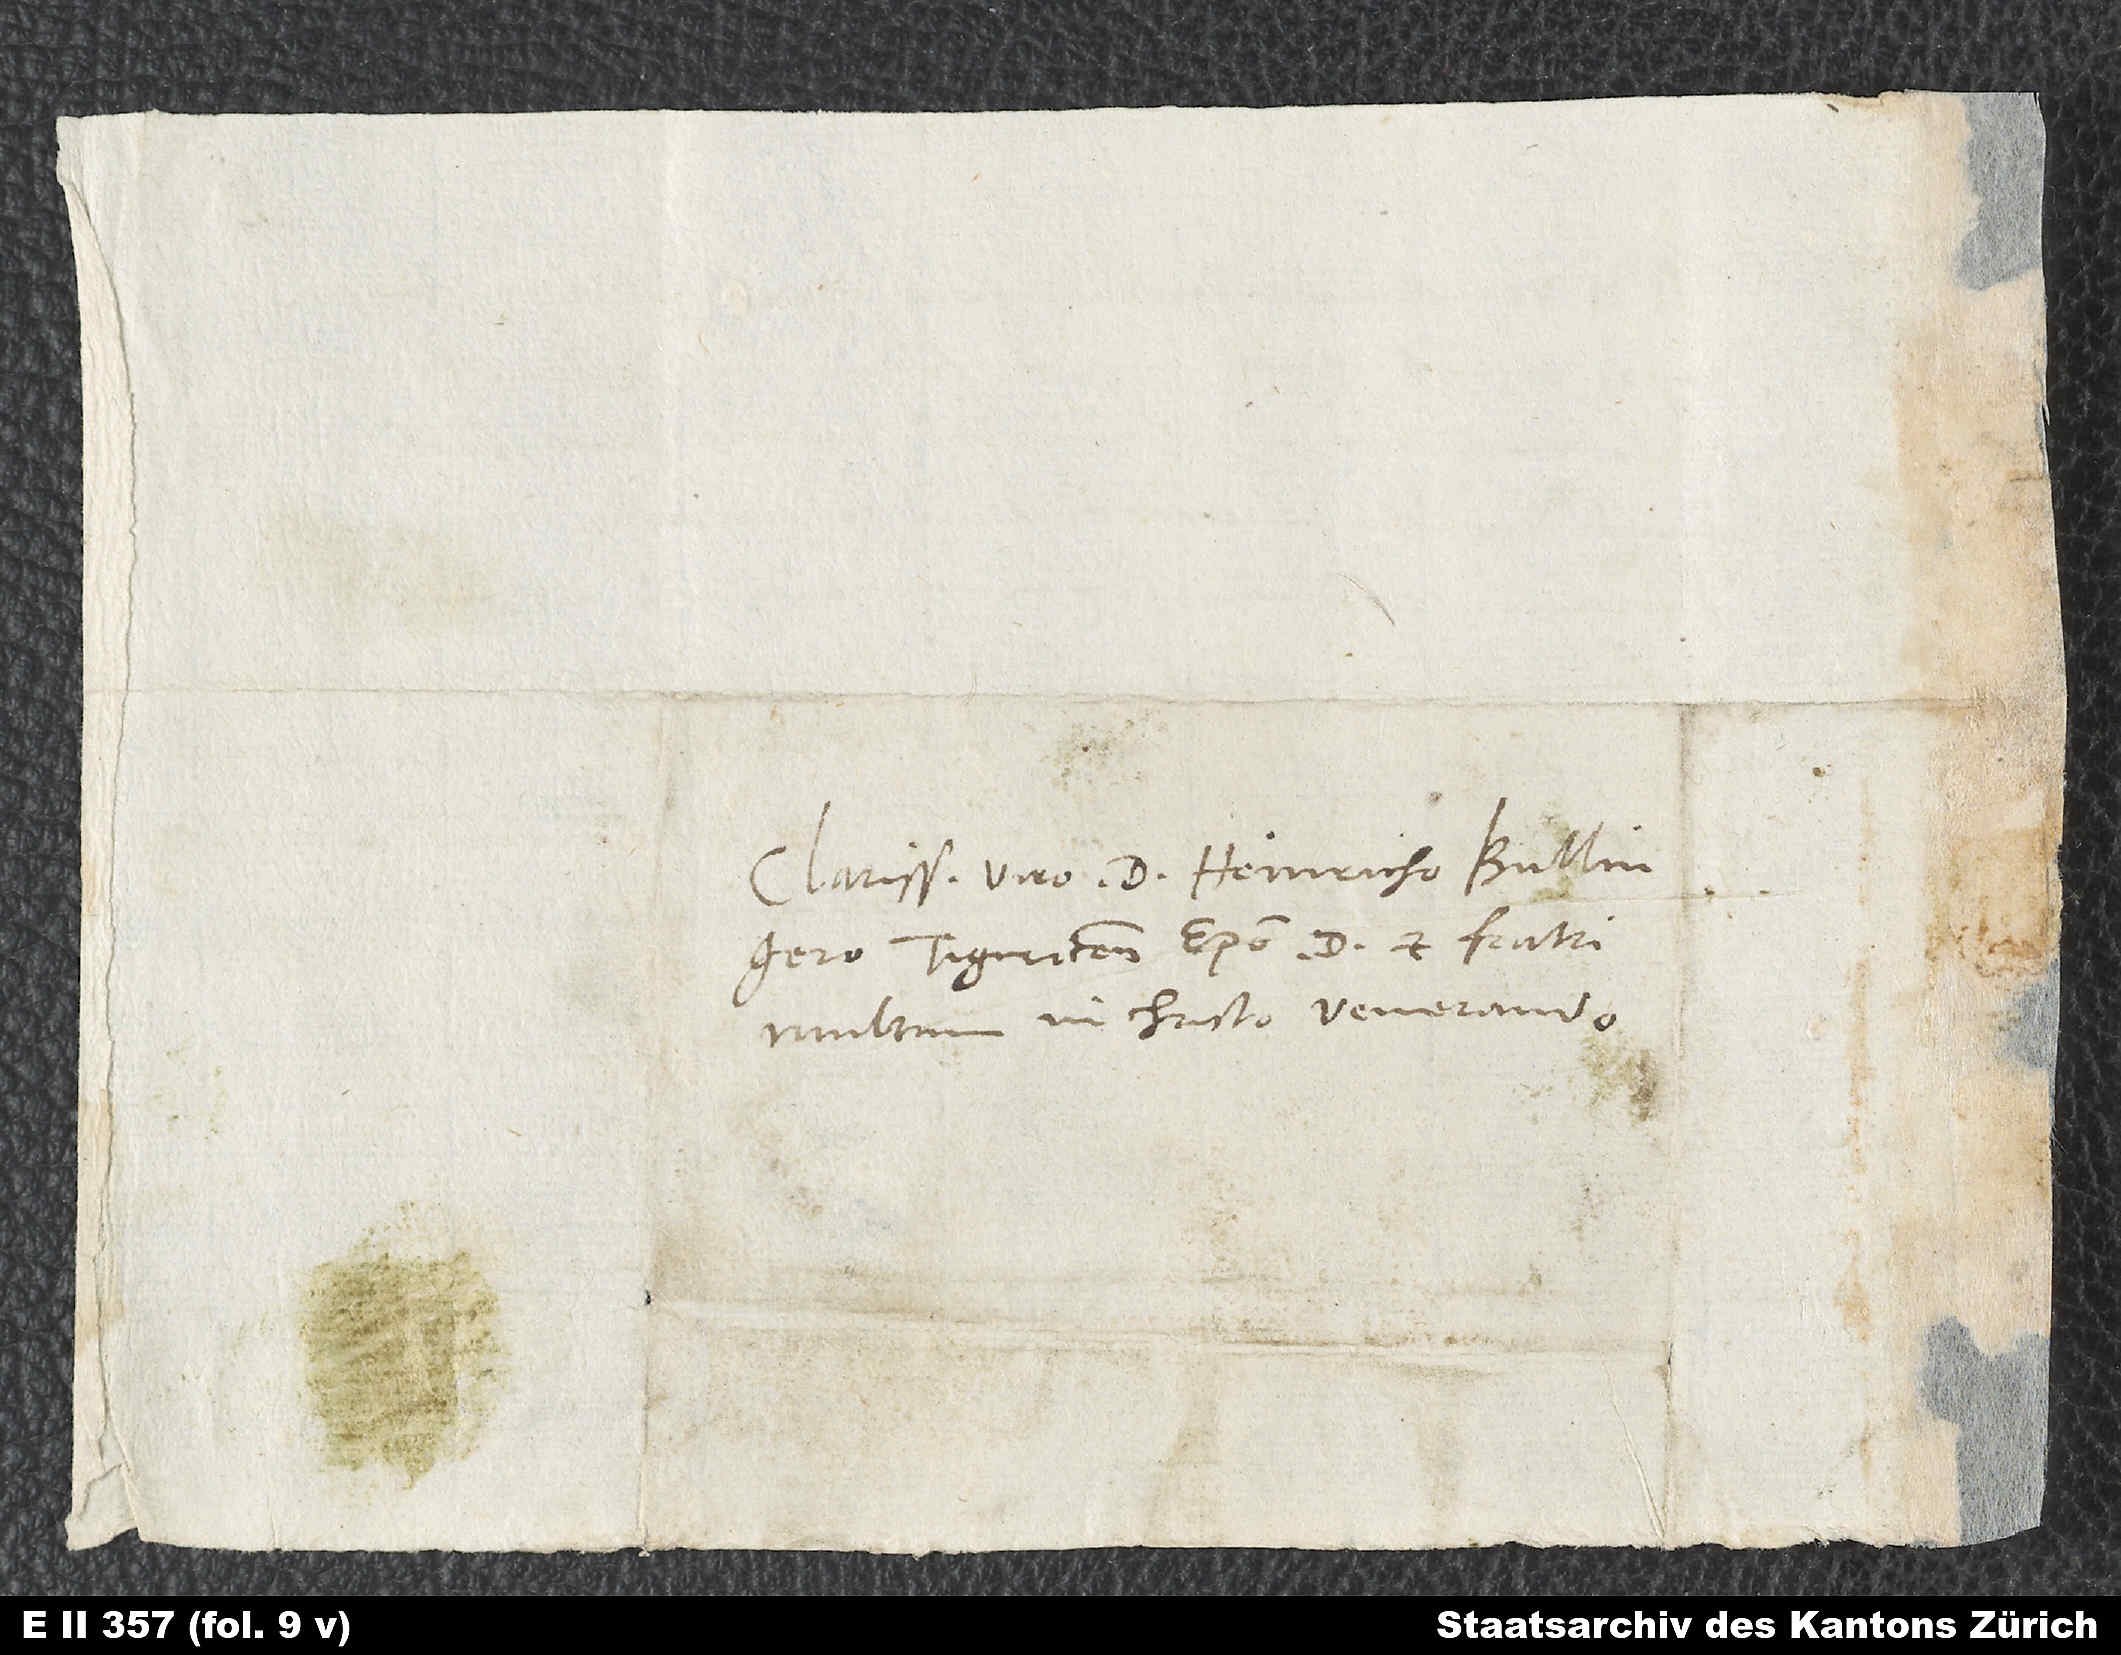
Clarissimo viro d. Heinricho Bullingero,
Tiguricen episcopo, domino et fratri
multum in Christo venerando.